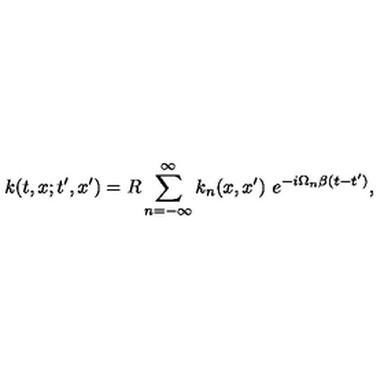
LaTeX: k ( t , x ; t ^ { \prime } , x ^ { \prime } ) = R \sum _ { n = - \infty } ^ { \infty } k _ { n } ( x , x ^ { \prime } ) \ e ^ { - i \Omega _ { n } \beta ( t - t ^ { \prime } ) } ,